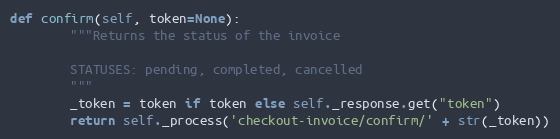
Language: Python
def confirm(self, token=None):
        """Returns the status of the invoice

        STATUSES: pending, completed, cancelled
        """
        _token = token if token else self._response.get("token")
        return self._process('checkout-invoice/confirm/' + str(_token))